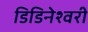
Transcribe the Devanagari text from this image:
डिडिनेश्वरी